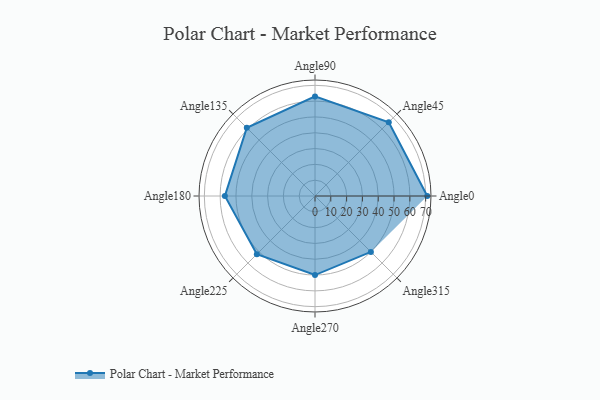
{"axis": {"x": "Angle", "y": "Radius"}, "legend": [""], "data": [{"x": "Angle0", "y": 71.0, "type": ""}, {"x": "Angle45", "y": 66.0, "type": ""}, {"x": "Angle90", "y": 63.0, "type": ""}, {"x": "Angle135", "y": 61.0, "type": ""}, {"x": "Angle180", "y": 57.0, "type": ""}, {"x": "Angle225", "y": 52.0, "type": ""}, {"x": "Angle270", "y": 50, "type": ""}, {"x": "Angle315", "y": 50, "type": ""}]}